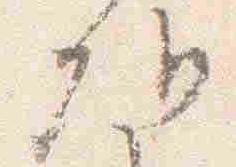
朝